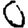
Digit: 0